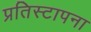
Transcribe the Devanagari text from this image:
प्रतिस्टापना